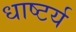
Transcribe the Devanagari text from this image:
धाष्टर्य